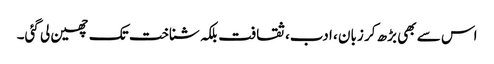
اس سے بھی بڑھ کر زبان ، ادب، ثقافت بلکہ شناخت تک چھین لی گئی۔